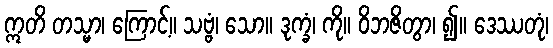
ဣတိ တသ္မာ၊ ကြောင့်။ သဗ္ဗံ၊ သော။ ဒုက္ခံ၊ ကို။ ဝိဘဇိတွာ၊ ၍။ ဒေဿတုံ၊